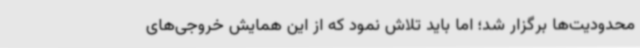
محدودیت‌ها برگزار شد؛ اما باید تلاش نمود که از این همایش خروجی‌های